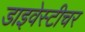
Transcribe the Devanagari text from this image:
डाइवेस्टीचर